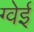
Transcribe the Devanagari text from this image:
ग्वेई